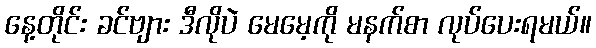
နေ့တိုင်း ခင်ဗျား ဒီလိုပဲ မေမေ့ကို မနက်စာ လုပ်ပေးရမယ်။